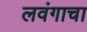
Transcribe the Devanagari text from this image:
लवंगाचा